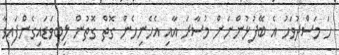
ހަ މަސްދުވަހު އެ ބޭފުޅުންނަށް މުސާރަ އާއި އެހެނިހެން ގޮތް ގޮތުން ލިބިވަޑައިގެންފައިވާ